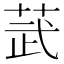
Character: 𫈓